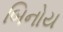
બિનોય